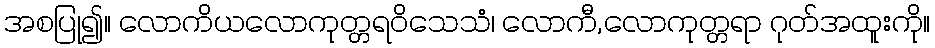
အစပြု၍။ လောကိယလောကုတ္တရဝိသေသံ၊ လောကီ,လောကုတ္တရာ ဂုတ်အထူးကို။